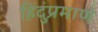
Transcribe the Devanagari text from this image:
हिंदुंप्रमाणे